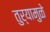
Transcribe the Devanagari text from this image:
तुर्‍यामुळे